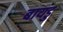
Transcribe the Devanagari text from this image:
बायडु